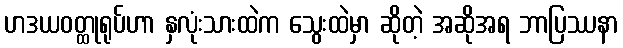
ဟဒယဝတ္ထုရုပ်ဟာ နှလုံးသားထဲက သွေးထဲမှာ ဆိုတဲ့ အဆိုအရ ဘာပြဿနာ